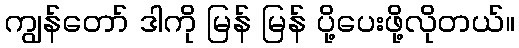
ကျွန်တော် ဒါကို မြန် မြန် ပို့ပေးဖို့လိုတယ်။